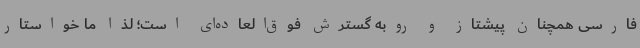
فارسی همچنان پیشتاز و روبه گسترش فوق‌العاده‌ای است؛ لذا ما خواستار